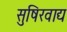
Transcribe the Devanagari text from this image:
सुषिरवाद्य